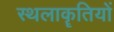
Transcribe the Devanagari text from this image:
स्थलाकॄतियों